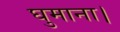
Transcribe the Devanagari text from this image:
घुमाना।